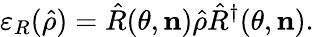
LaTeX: \varepsilon_{R}(\hat{\rho})=\hat{R}(\theta,\mathbf{n})\hat{\rho}\hat{R}^{\dagger}(\theta,\mathbf{n}).